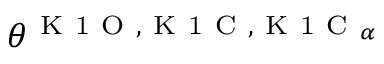
\theta ^ { \mathrm { ~ K ~ 1 ~ O ~ } , \mathrm { ~ K ~ 1 ~ C ~ } , \mathrm { ~ K ~ 1 ~ C ~ } _ { \alpha } }